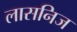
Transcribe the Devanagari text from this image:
लासनिज